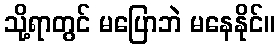
သို့ရာတွင် မပြောဘဲ မနေနိုင်။